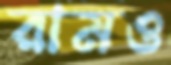
রামও